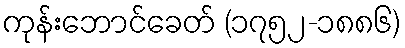
ကုန်းဘောင်ခေတ် (၁၇၅၂-၁၈၈၆)